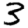
Digit: 3